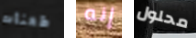
طعنات إنه محلول